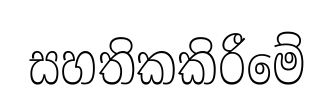
සහතිකකිරීමේ